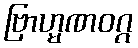
ဗြာဟ္မဏဝဂ္ဂ